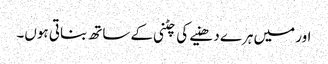
اور میں ہرے دھنیے کی چٹنی کے ساتھ بناتی ہوں۔